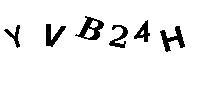
YVB24H